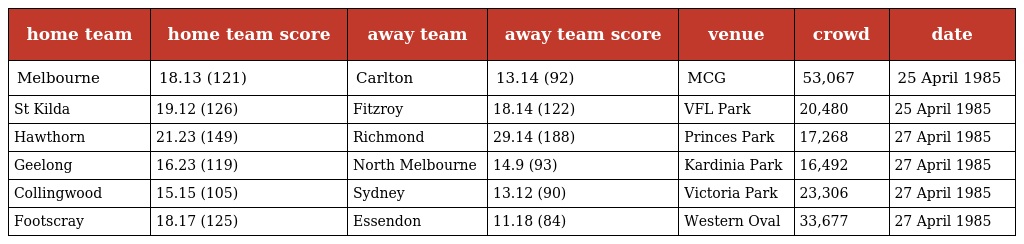
| home team | home team score | away team | away team score | venue | crowd | date |
 | --- | --- | --- | --- | --- | --- | --- |
 | Melbourne | 18.13 (121) | Carlton | 13.14 (92) | MCG | 53,067 | 25 April 1985 |
 | St Kilda | 19.12 (126) | Fitzroy | 18.14 (122) | VFL Park | 20,480 | 25 April 1985 |
 | Hawthorn | 21.23 (149) | Richmond | 29.14 (188) | Princes Park | 17,268 | 27 April 1985 |
 | Geelong | 16.23 (119) | North Melbourne | 14.9 (93) | Kardinia Park | 16,492 | 27 April 1985 |
 | Collingwood | 15.15 (105) | Sydney | 13.12 (90) | Victoria Park | 23,306 | 27 April 1985 |
 | Footscray | 18.17 (125) | Essendon | 11.18 (84) | Western Oval | 33,677 | 27 April 1985 |